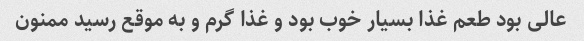
عالی بود طعم غذا بسیار خوب بود و غذا گرم و به موقع رسید ممنون